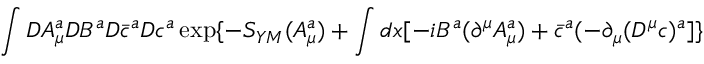
\int { \cal D } A _ { \mu } ^ { a } { \cal D } B ^ { a } { \cal D } \bar { c } ^ { a } { \cal D } c ^ { a } \exp \{ - S _ { Y M } ( A _ { \mu } ^ { a } ) + \int d x [ - i B ^ { a } ( \partial ^ { \mu } A _ { \mu } ^ { a } ) + \bar { c } ^ { a } ( - \partial _ { \mu } ( D ^ { \mu } c ) ^ { a } ] \}